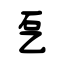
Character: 乭